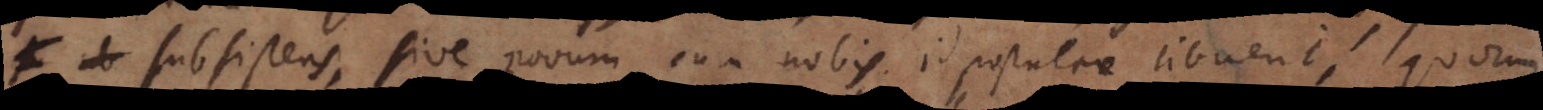
subsistens, sive novum cum nobis id postulare libuerit, quorum